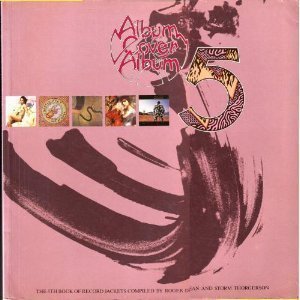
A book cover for Album Cover Album 5 / The 5th Book of Record Jackets; Crafts, Hobbies & Home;